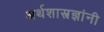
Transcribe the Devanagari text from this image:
अर्थशास्त्रज्ञांनी